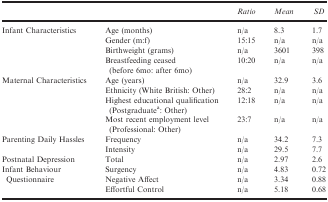
<table><thead><tr><td></td><td></td><td><b>Ratio</b></td><td><b>Mean</b></td><td><b><i>SD</i></b></td></tr></thead><tbody><tr><td rowspan="4">Infant Characteristics</td><td>Age (months)</td><td>n/a</td><td>8.3</td><td>1.7</td></tr><tr><td>Gender (m:f)</td><td>15:15</td><td>n/a</td><td>n/a</td></tr><tr><td>Birthweight (grams)</td><td>n/a</td><td>3601</td><td>398</td></tr><tr><td>Breastfeeding ceased (before 6mo: after 6mo)</td><td>10:20</td><td>n/a</td><td>n/a</td></tr><tr><td rowspan="4">Maternal Characteristics</td><td>Age (years)</td><td>n/a</td><td>32.9</td><td>3.6</td></tr><tr><td>Ethnicity (White British: Other)</td><td>28:2</td><td>n/a</td><td>n/a</td></tr><tr><td>Highest educational qualification (Postgraduatea: Other)</td><td>12:18</td><td>n/a</td><td>n/a</td></tr><tr><td>Most recent employment level (Professional: Other)</td><td>23:7</td><td>n/a</td><td>n/a</td></tr><tr><td rowspan="2">Parenting Daily Hassles</td><td>Frequency</td><td>n/a</td><td>34.2</td><td>7.3</td></tr><tr><td>Intensity</td><td>n/a</td><td>29.5</td><td>7.7</td></tr><tr><td>Postnatal Depression</td><td>Total</td><td>n/a</td><td>2.97</td><td>2.6</td></tr><tr><td rowspan="3">Infant Behaviour Questionnaire</td><td>Surgency</td><td>n/a</td><td>4.83</td><td>0.72</td></tr><tr><td>Negative Affect</td><td>n/a</td><td>3.34</td><td>0.88</td></tr><tr><td>Effortful Control</td><td>n/a</td><td>5.18</td><td>0.68</td></tr></tbody></table>